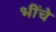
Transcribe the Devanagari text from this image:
भींचे